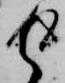
返